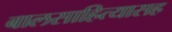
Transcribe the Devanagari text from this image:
बालसाहित्यासह